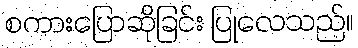
စကားပြောဆိုခြင်း ပြုလေသည်။